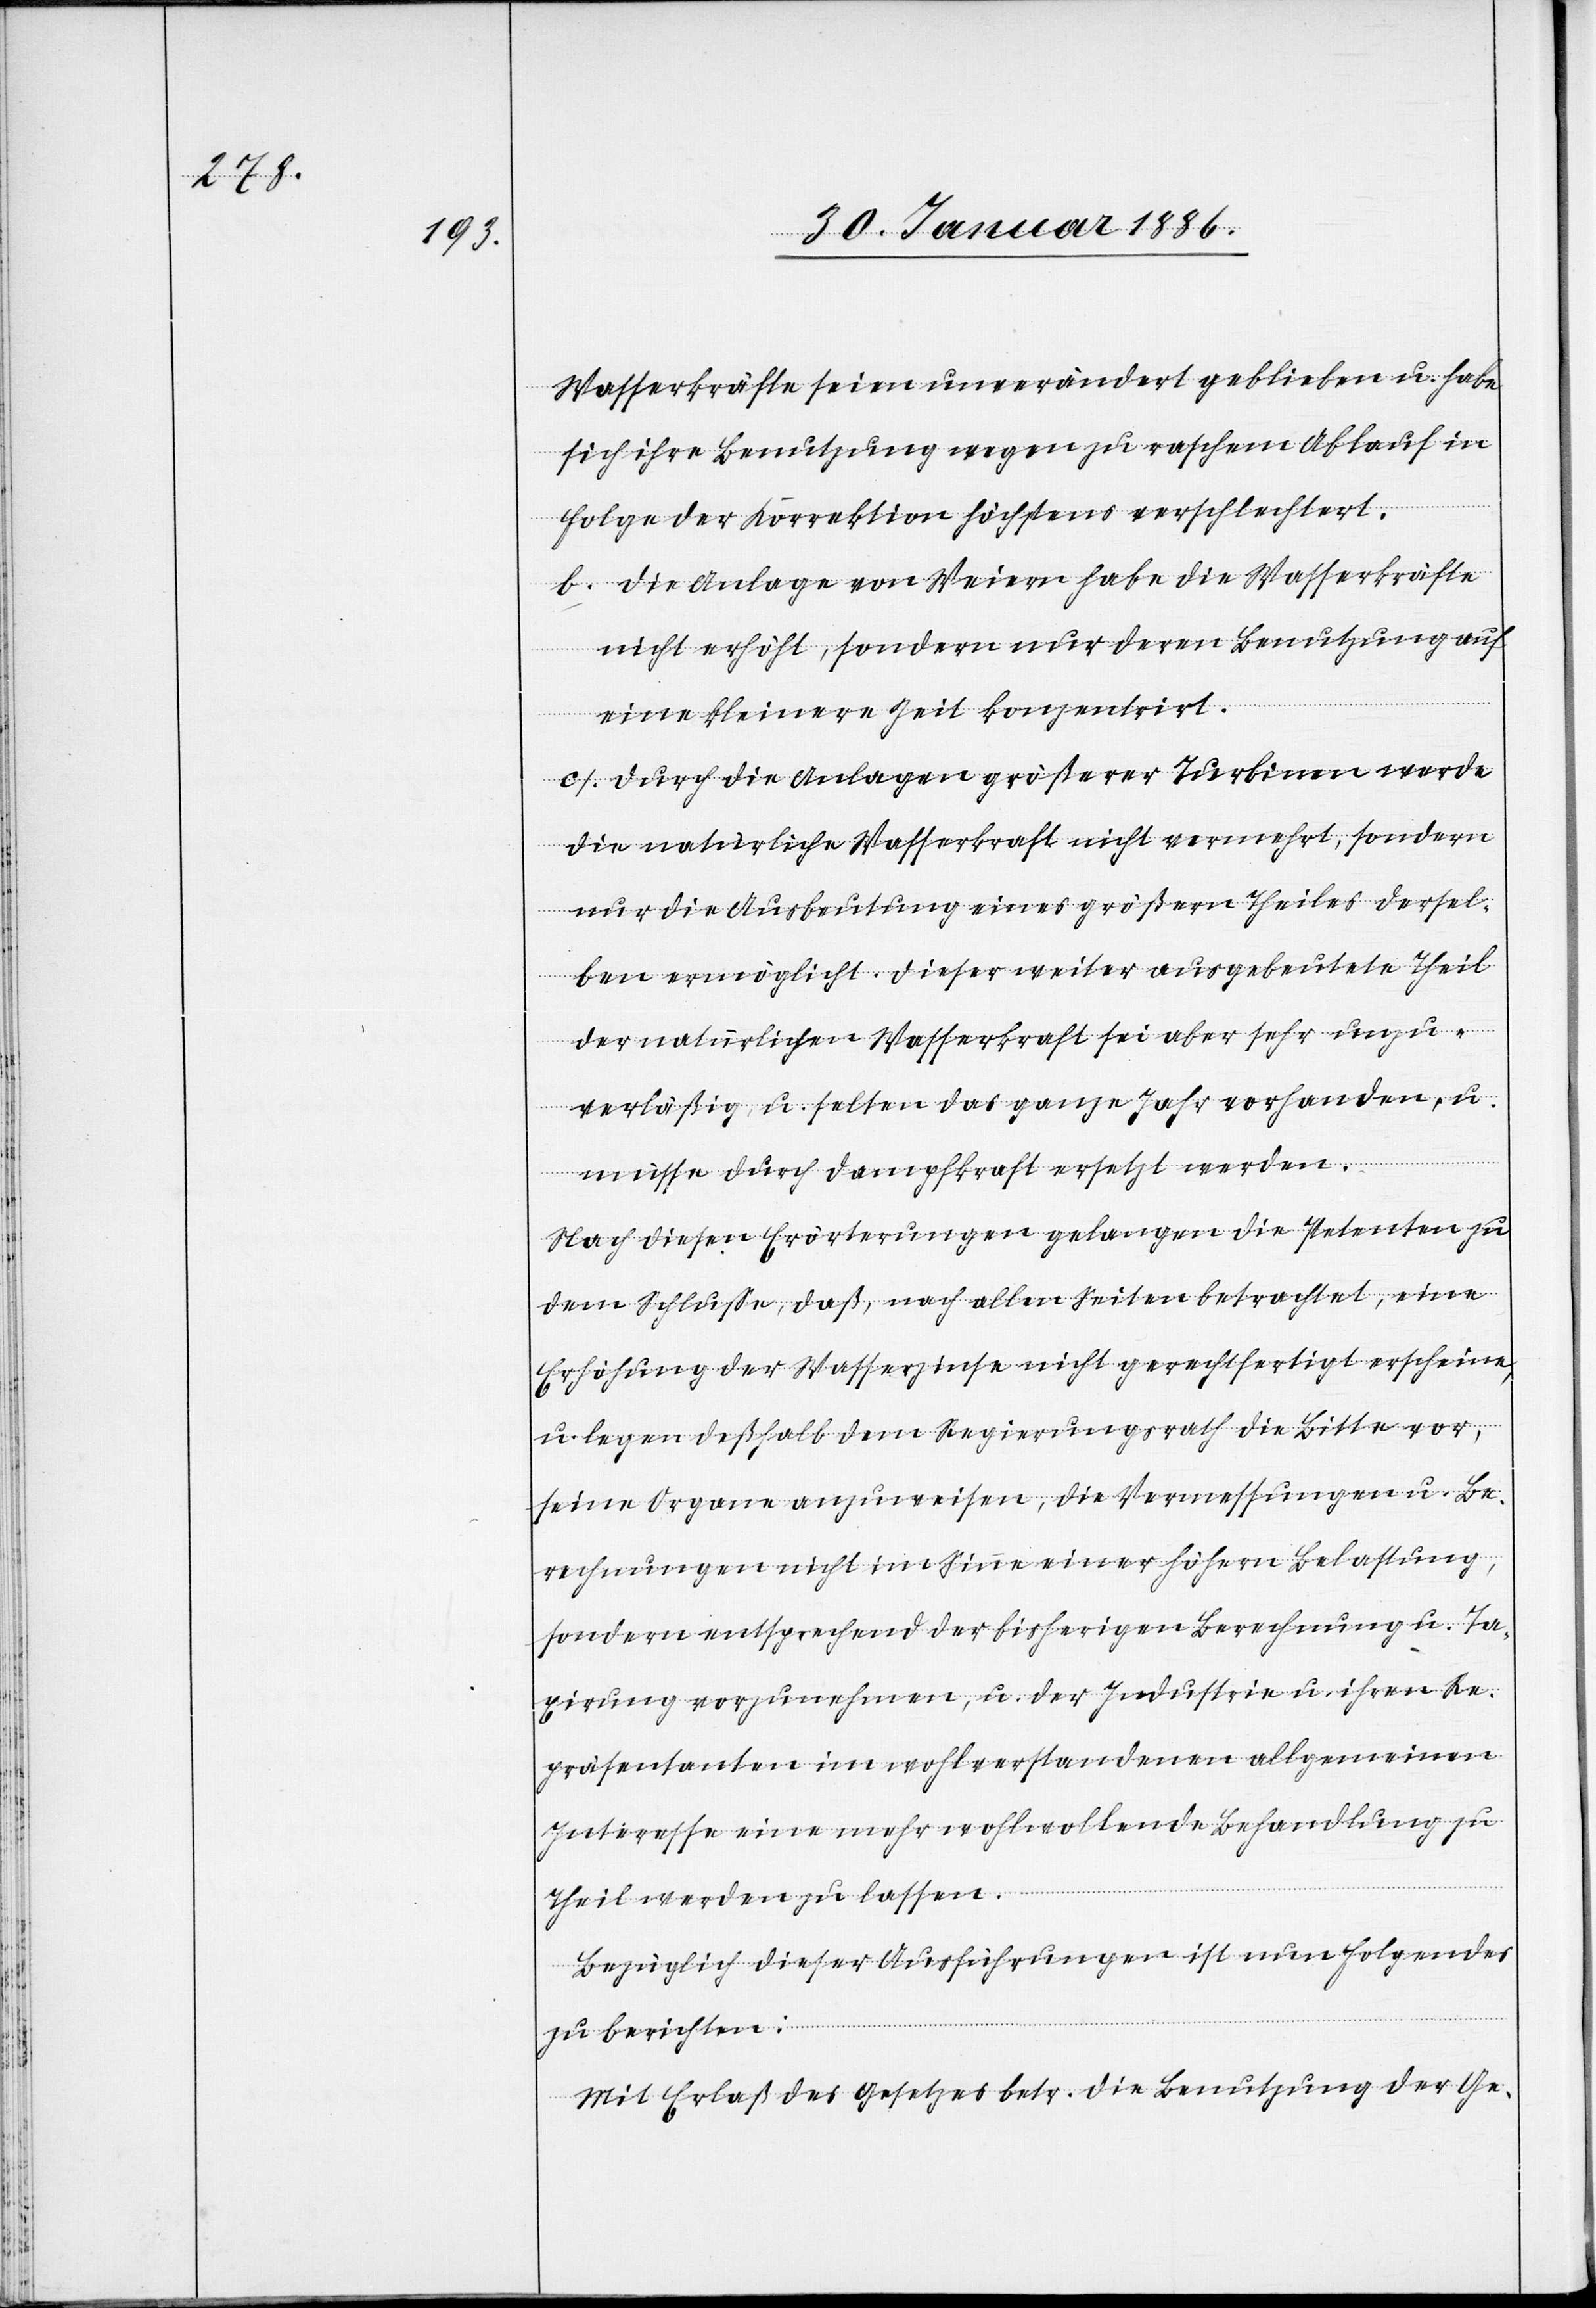
Wasserkräfte seien unverändert geblieben u. habe
sich ihr Benutzung wegen zu raschem Ablauf in
Folge der Korrektion höchstens verschlechtert.
b. Die Anlage von Weiern habe die Wasserkräfte
nicht erhöht, sondern nur deren Benutzung auf
eine kleinere Zeit konzentrirt.
c. Durch die Anlagen größerer Turbinen wurde
die natürliche Wasserkraft nicht vermehrt, sondern
nur die Ausbeutung eines größern Theiles dersel¬
ben ermöglicht. Dieser weiter ausgebeutete Theil
der natürlichen Wasserkraft sei aber sehr unzu¬
verläßig, u. selten das ganze Jahr vorhanden, u.
müsse durch Dampfkraft ersetzt werden.
Nach diesen Erörterungen gelangen die Petenten zu
dem Schluße, daß, nach allen Seiten betrachtet, eine
Erhöhung der Wasserzinse nicht gerechtfertigt erscheine,
u. legen deßhalb dem Regierungsrath die Bitte vor,
seine Organe anzuweisen, die Vermessungen u. Be¬
rechnungen nicht im Sinne einer höhern Belastung,
sondern entsprechend der bisherigen Berechnung u. Ta¬
xirung vorzunehmen, u. der Industrie u. ihren Re¬
präsentanten im wohlverstandenen allgemeinen
Interesse eine mehr wohlwollende Behandlung zu
Theil werden zu lassen.
Bezüglich dieser Ausführung ist nun folgendes
zu berichten:
Mit Erlaß des Gesetzes betr. die Benutzung der Ge-